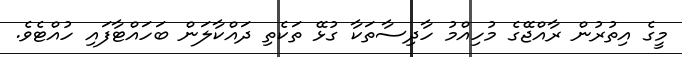
މީގެ އިތުރުން ރާއްޖޭގެ މުހިއްމު ހާދިސާތަކާ ގުޅޭ ތަކެތި ދައްކާލަން ބަހައްޓާފައި ހުއްޓެވެ.